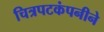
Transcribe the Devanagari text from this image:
चित्रपटकंपनीने